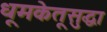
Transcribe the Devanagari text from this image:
धूमकेतूसुद्धा